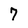
Character: 7